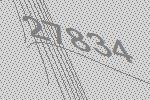
27834